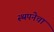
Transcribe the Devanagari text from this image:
स्थपनेचा